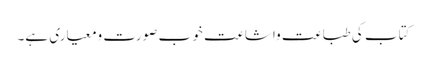
کتاب کی طباعت واشاعت خو ب صورت ومعیاری ہے۔